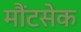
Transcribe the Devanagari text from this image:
मौंटसेक